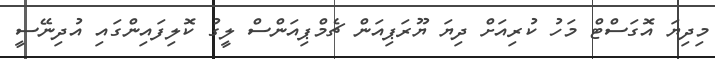
މިދިޔަ އޮގަސްޓް މަހު ކުރިއަށް ދިޔަ ޔޫރަޕިއަން ޗެމްޕިއަންސް ލީގު ކޮލިފައިންގައި އުދިނޭސީ